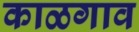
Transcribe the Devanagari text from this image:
काळगाव